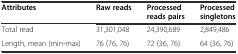
| Attributes | Raw reads | Processed reads pairs | Processed singletons |
 | --- | --- | --- | --- |
 | Total read | 31,301,048 | 24,390,689 | 2,849,486 |
 | Length, mean (min-max) | 76 (76, 76) | 72 (36, 76) | 64 (36, 76) |